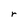
Character: r